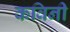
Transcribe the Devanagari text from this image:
कविनी